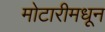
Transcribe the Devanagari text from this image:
मोटारीमधून